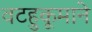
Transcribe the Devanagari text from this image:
वटहुकूमाने